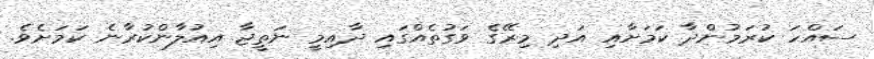
ސައްހަ ކުރަމުންދާ ކަމަށާއި އަދި މިރޭގެ ވަގުތެއްގައި ދާއިމީ ނަތީޖާ އިއުލާންކުރާނެ ކަމަށެވެ.